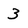
Character: 3